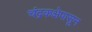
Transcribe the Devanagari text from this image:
चंद्रकक्षेपासून